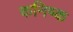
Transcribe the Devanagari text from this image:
कनिष्‍क